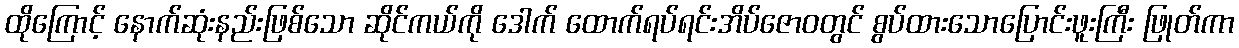
ထိုကြောင့် နောက်ဆုံးနည်းဖြစ်သော ဆိုင်ကယ်ကို ဒေါက် ထောက်ရပ်ရင်းအိပ်ဇောဝတွင် စွပ်ထားသောပြောင်းဖူးကြီး ဖြုတ်ကာ